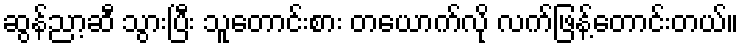
ဆွန်ညာ့ဆီ သွားပြီး သူတောင်းစား တယောက်လို လက်ဖြန့်တောင်းတယ်။